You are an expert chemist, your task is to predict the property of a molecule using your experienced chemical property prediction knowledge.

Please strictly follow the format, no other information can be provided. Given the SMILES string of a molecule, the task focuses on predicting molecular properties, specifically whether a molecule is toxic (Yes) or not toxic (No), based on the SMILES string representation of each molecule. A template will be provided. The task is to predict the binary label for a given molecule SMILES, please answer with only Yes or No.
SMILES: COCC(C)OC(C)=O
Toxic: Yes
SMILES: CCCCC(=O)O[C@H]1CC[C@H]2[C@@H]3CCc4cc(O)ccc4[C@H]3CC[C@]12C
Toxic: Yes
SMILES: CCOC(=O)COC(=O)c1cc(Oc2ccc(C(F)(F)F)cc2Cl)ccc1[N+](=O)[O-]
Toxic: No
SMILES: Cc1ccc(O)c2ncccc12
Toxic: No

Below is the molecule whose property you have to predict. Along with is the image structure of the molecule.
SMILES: C#CC(C)(O)CC(C)C
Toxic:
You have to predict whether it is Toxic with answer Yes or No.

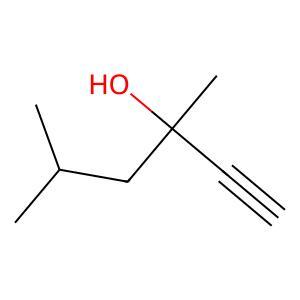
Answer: No